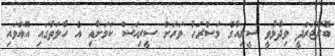
ބޮރޫޖަރްދީ ވިދާޅުވީ ސީރިއާގެ މަސްރަހު ވަރަށް ސީރިއަސް ކަމަށާއި އެ ހާލަތުގައި އޮއްވައި